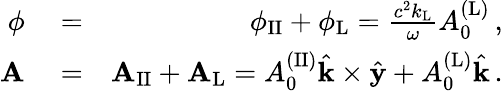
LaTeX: \begin{array}{rlr}{\phi}&{{}=}&{\phi_{\mathrm{II}}+\phi_{\mathrm{L}}=\frac{c^{2}k_{\mathrm{L}}}{\omega}A_{0}^{\mathrm{(L)}}\, ,}\\ {{\mathbf A}}&{{}=}&{{\mathbf A}_{\mathrm{II}}+{\mathbf A}_{\mathrm{L}}=A_{0}^{\mathrm{(II)}}\hat{{\mathbf k}}\times\hat{{\mathbf y}}+A_{0}^{\mathrm{(L)}}\hat{{\mathbf k}}\, .}\end{array}